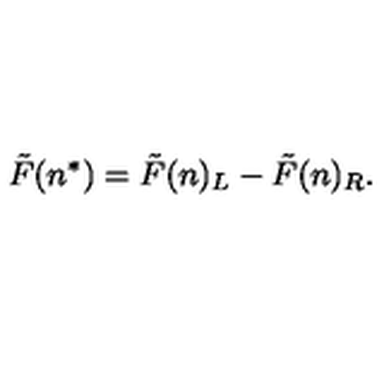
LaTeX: \tilde { F } ( n ^ { * } ) = \tilde { F } ( n ) _ { L } - \tilde { F } ( n ) _ { R } .